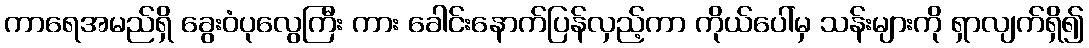
ကာရေအမည်ရှိ ခွေးဝံပုလွေကြီး ကား ခေါင်းနောက်ပြန်လှည့်ကာ ကိုယ်ပေါ်မှ သန်းများကို ရှာလျက်ရှိ၍